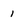
Character: 1